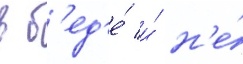
в б'ед'е́ и́ н'е́